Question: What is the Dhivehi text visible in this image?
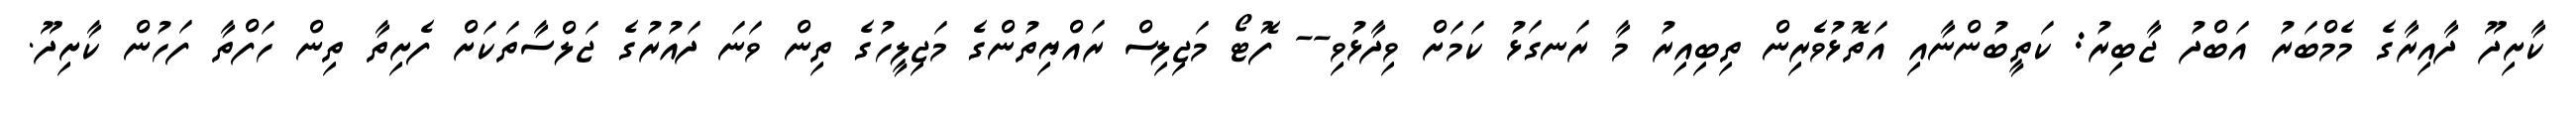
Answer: ކާށިދޫ ދާއިރާގެ މެމްބަރު އަބްދު ޖާބިރު: ކަތީބުންނާއި އަތޮޅުވެރިން ތިބިއިރު މާ ރަނގަޅު ކަމަށް ވިދާޅުވި-- ފޮޓޯ މަޖިލިސް ރައްޔިތުންގެ މަޖިލީހުގެ ތިން ވަނަ ދައުރުގެ ޖަލްސާތަކަށް ފެށިތާ ތިން ހަފްތާ ފަހުން ކާށިދޫ.